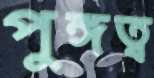
পুঙ্গত্ব